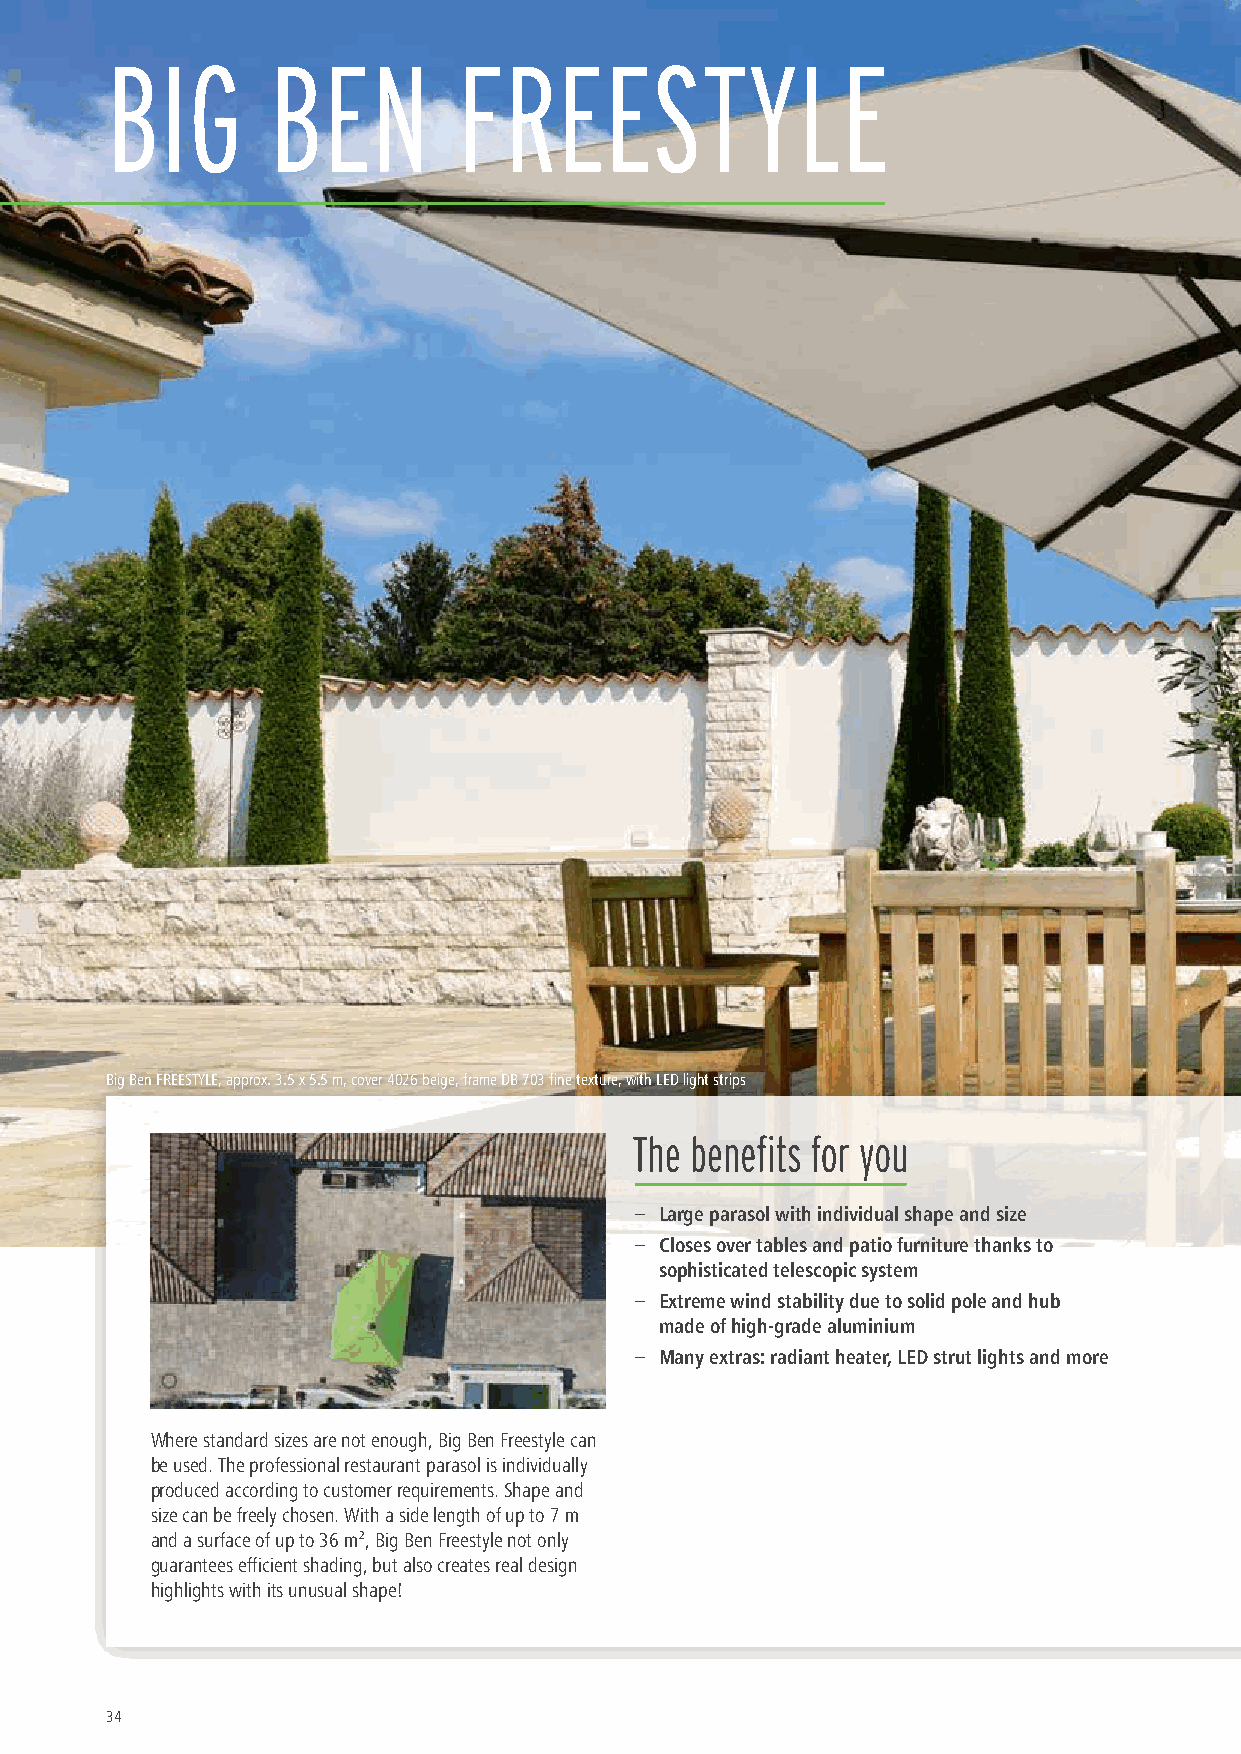
BIG        BEN         FREESTYLE
 Big Ben FREESTYLE, approx. 3.5 x 5.5 m, cover 4026 beige, frame DB 703 fine texture, with LED light strips
 The benefits for you
 – Large parasol with individual shape and size
 – Closes over tables and patio furniture thanks to
 sophisticated telescopic system
 – Extreme wind stability due to solid pole and hub
 made of high-grade aluminium
 – Many extras: radiant heater, LED strut lights and more
 Where standard sizes are not enough, Big Ben Freestyle can
 be used. The professional restaurant parasol is individually
 produced according to customer requirements. Shape and
 size can be freely chosen. With a side length of up to 7 m
 and a surface of up to 36 m², Big Ben Freestyle not only
 guarantees efficient shading, but also creates real design
 highlights with its unusual shape!
 34